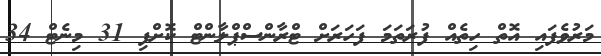
މަރުވެފައި އޮތް ހިތެއް ފުރަތަމަ ފަހަރަށް ޓްރާންސްޕްލާންޓް ކޮށްފި 31 މިނެޓް 34